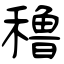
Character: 穞